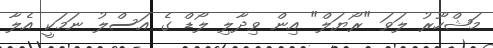
މަޝްހޫރު ލަވަ "ރޯޔަލް" އިން ވިދާލި ލޯޑް ގެ އަސްލު ނަމަކީ އެލާ